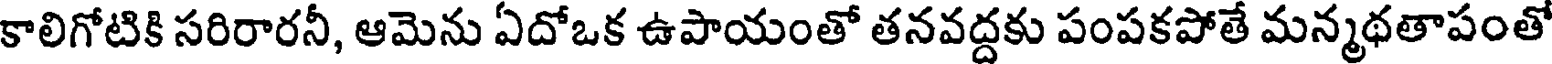
కాలిగోటికి సరిరారనీ, ఆమెను ఏదోఒక ఉపాయంతో తనవద్దకు పంపకపోతే మన్మథతాపంతో